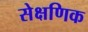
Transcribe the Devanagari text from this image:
सेक्षणिक